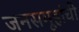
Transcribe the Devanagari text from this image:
जनसमूहांची